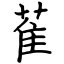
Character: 萑